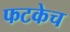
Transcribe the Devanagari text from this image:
फटकेच